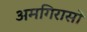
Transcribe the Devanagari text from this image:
अमगिरासों